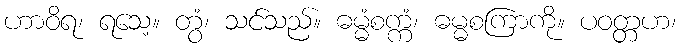
ဟာဝိရ၊ ရသေ့။ တွံ၊ သင်သည်။ ဓမ္မံစက္ကံ၊ ဓမ္မစကြာကို။ ပဝတ္တဟ၊